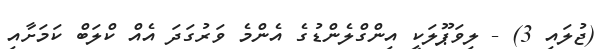
(ޖުލައި 3) - ލިވަޕޫލަކީ އިންގްލެންޑުގެ އެންމެ ވަރުގަދަ އެއް ކްލަބް ކަމަށާއި